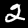
Digit: 2